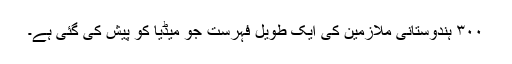
٣٠٠ ہندوستانی ملازمین کی ایک طویل فہرست جو میڈیا کو پیش کی گئی ہے۔